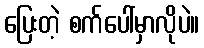
ပြေးတဲ့ စက်ပေါ်မှာလိုပဲ။